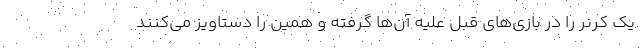
یک کرنر را در بازی‌های قبل علیه آن‌ها گرفته و همین را دستاویز می‌کنند